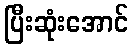
ပြီးဆုံးအောင်